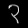
Digit: ၃